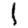
Digit: 1